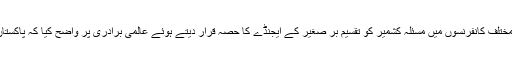
اسی طرح چیف آف آرمی سٹاف نے بھی ملکی اور بین الاقوامی سطح پر مختلف کانفرنسوں میں مسئلہ کشمیر کو تقسیم بر صغیر کے ایجنڈے کا حصہ قرار دیتے ہوئے عالمی برادری پر واضح کیا کہ پاکستان کشمیریوں کی برحق جدوجہد سے کسی طور پر پیچھے نہیں ہٹ سکتا ۔